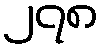
၂၇၈